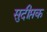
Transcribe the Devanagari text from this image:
सुदीप्तक